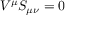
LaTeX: V ^ { \mu } S _ { \mu \nu } = 0